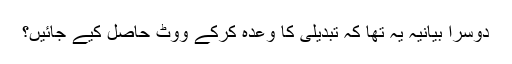
دوسرا بیانیہ یہ تھا کہ تبدیلی کا وعدہ کرکے ووٹ حاصل کیے جائیں؟